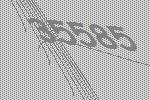
35585